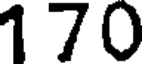
170